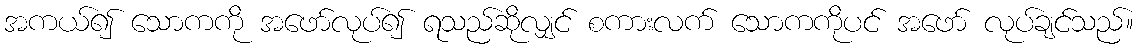
အကယ်၍ သောကကို အဖော်လုပ်၍ ရသည်ဆိုလျှင် စကားလက် သောကကိုပင် အဖော် လုပ်ချင်သည်။